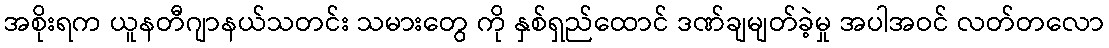
အစိုးရက ယူနတီဂျာနယ်သတင်း သမားတွေ ကို နှစ်ရှည်ထောင် ဒဏ်ချမျတ်ခဲ့မှု အပါအဝင် လတ်တလော